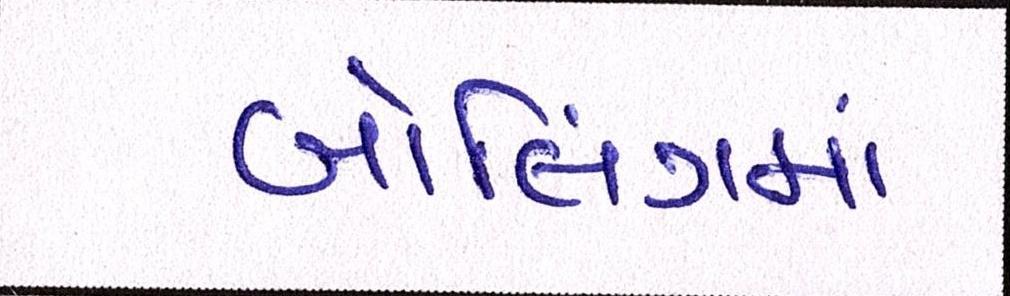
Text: બોલિંગમાં